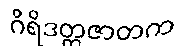
ဂိရိဒတ္တဇာတက